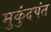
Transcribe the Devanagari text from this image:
मुकुंदपंत